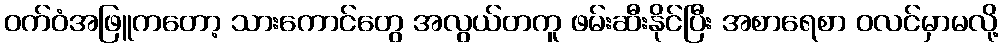
ဝက်ဝံအဖြူကတော့ သားကောင်တွေ အလွယ်တကူ ဖမ်းဆီးနိုင်ပြီး အစာရေစာ ဝလင်မှာမလို့